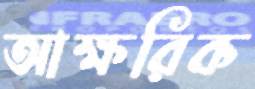
আক্ষরিক